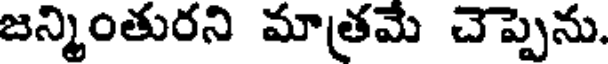
జన్మింతురని మాత్రమె చెప్పెను.